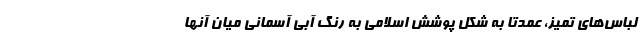
لباس‌های تمیز، عمدتا به شکل پوشش‌ اسلامی به رنگ آبی آسمانی میان آنها